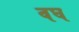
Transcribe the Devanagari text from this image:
वघ